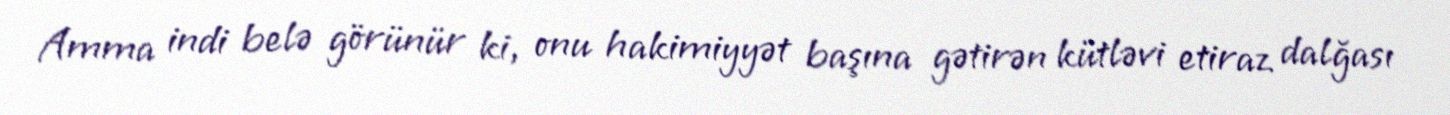
Amma indi belə görünür ki, onu hakimiyyət başına gətirən kütləvi etiraz dalğası